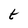
Character: t